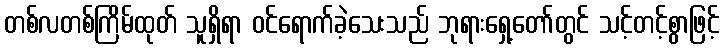
တစ်လတစ်ကြိမ်ထုတ် သူရှိရာ ဝင်ရောက်ခဲ့သေးသည် ဘုရားရှေ့တော်တွင် သင့်တင့်စွာဖြင့်